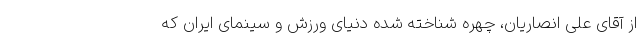
از آقای علی انصاریان، چهره شناخته شده دنیای ورزش و سینمای ایران که